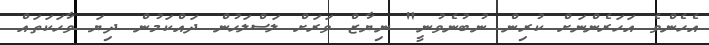
އެހެންވެ އަހަރެންނަށް ކުރިން ނުބުނެވުނީ" ނިޔާޒް ވަރަށް ލަސްލަހުން ދައްކަމުން ދިޔަ ވާހަކަތައް